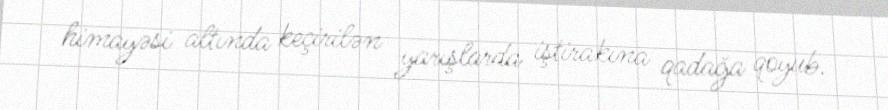
himayəsi altında keçirilən yarışlarda iştirakına qadağa qoyub.